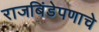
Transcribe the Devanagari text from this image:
राजबिंडेपणाचे